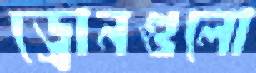
ড্রোনগুলো